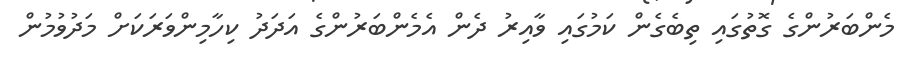
މެންބަރުންގެ ގޮތުގައި ތިބެގެން ކަމުގައި ވާއިރު ދެން އެމެންބަރުންގެ އަދަދު ކިހާމިންވަރަކަށް މަދުވުމުން